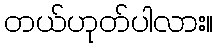
တယ်ဟုတ်ပါလား။